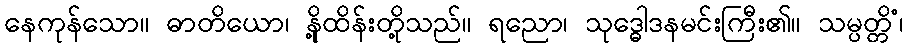
နေကုန်သော။ ဓာတိယော၊ နို့ထိန်းတို့သည်။ ရညော၊ သုဒ္ဓေါဒနမင်းကြီး၏။ သမ္ပတ္တိံ၊